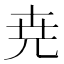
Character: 尭